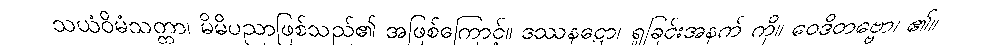
သယံဝိမံသတ္တာ၊ မိမိပညာဖြစ်သည်၏ အဖြစ်ကြောင့်။ ဒဿနဋ္ဌော၊ ရှုခြင်းအနက် ကို။ ဝေဒိတဗ္ဗော၊ ၏။